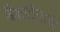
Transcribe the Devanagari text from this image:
बैटरीपार्क